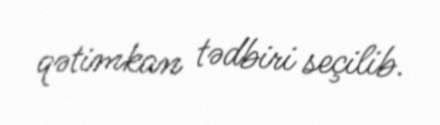
qətimkan tədbiri seçilib.